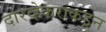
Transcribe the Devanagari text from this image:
दारव्हेकरांकडून